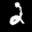
Label: 2